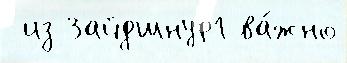
 из Зайдшнур1 ва́жно